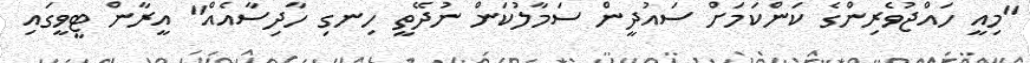
"މިއީ ހައްޖުވެރިންގެ ކަންކަމަށް ސައުދީން ސަމާލުކަން ނުދޭތީ ހިނގި ހާދިސާއެއް" އީރާން ޓީވީގައި